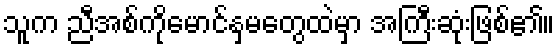
သူက ညီအစ်ကိုမောင်နှမတွေထဲမှာ အကြီးဆုံးဖြစ်၏။